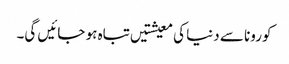
کورونا سے دنیا کی معیشتیں تباہ ہو جائیں گی۔